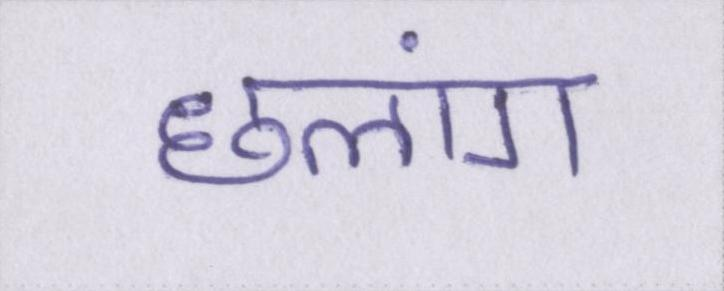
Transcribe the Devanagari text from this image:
छलांग